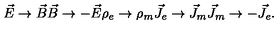
\vec { E } \rightarrow \vec { B } \vec { B } \rightarrow - \vec { E } \rho _ { e } \rightarrow \rho _ { m } \vec { J } _ { e } \rightarrow \vec { J } _ { m } \vec { J } _ { m } \rightarrow - \vec { J } _ { e } .